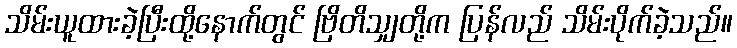
သိမ်းယူထားခဲ့ပြီးထို့နောက်တွင် ဗြိတိသျှတို့က ပြန်လည် သိမ်းပိုက်ခဲ့သည်။